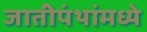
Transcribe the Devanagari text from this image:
जातीपंथांमध्ये